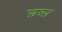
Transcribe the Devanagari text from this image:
रूब्ल